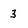
Character: 3